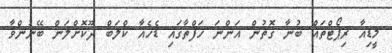
މީޑިއާ ރިޕޯޓްތައް ބުނާ ގޮތުން އަންނަ ހަފްތާގައި ޑެހެއާ ކްލަބް ދޫކޮށްލަން ބޭނުންވާ